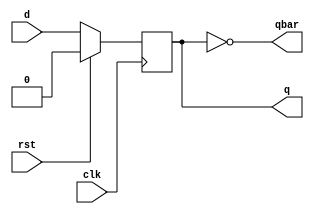
`timescale 1ns / 1ps
//////////////////////////////////////////////////////////////////////////////////
// Company: 
// Engineer: 
// 
// Design Name: 
// Module Name: t_ff_using_d
// Project Name: 
// Target Devices: 
// Tool Versions: 
// Description: 
// 
// Dependencies: 
// 
// Revision:
// Revision 0.01 - File Created
// Additional Comments:
// 
//////////////////////////////////////////////////////////////////////////////////

module d_ff(input clk,rst,d,output reg q=1,output qbar);
assign qbar=~q;
always@(posedge clk)
begin
if(!rst)
q<=d;
else
q<=1'b0;
end
endmodule
module t_ff_using_d(
    input clk,
    input rst,
    input t,
    output q,
    output qbar
    ); 
    wire x;
    assign x=q^t;
    d_ff DFF(clk,rst,x,q,qbar);
endmodule